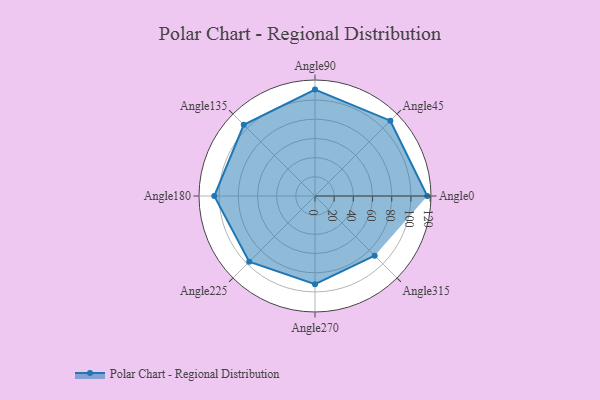
{"axis": {"x": "Angle", "y": "Radius"}, "legend": [""], "data": [{"x": "Angle0", "y": 117.0, "type": ""}, {"x": "Angle45", "y": 111.0, "type": ""}, {"x": "Angle90", "y": 111.0, "type": ""}, {"x": "Angle135", "y": 105.0, "type": ""}, {"x": "Angle180", "y": 105.0, "type": ""}, {"x": "Angle225", "y": 97.0, "type": ""}, {"x": "Angle270", "y": 92.0, "type": ""}, {"x": "Angle315", "y": 88.0, "type": ""}]}